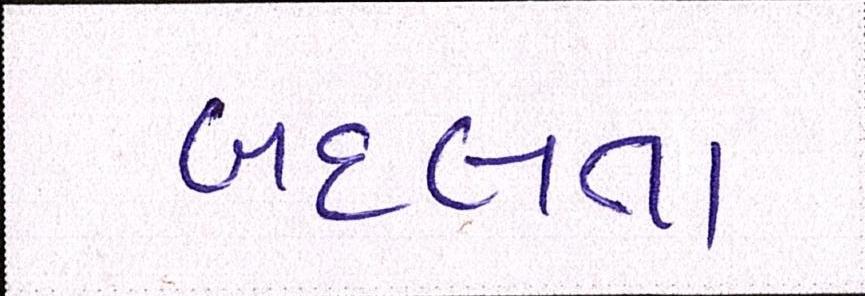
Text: બદલતા